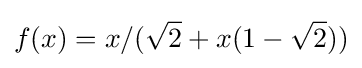
f(x)=x/({\sqrt {2}}+x(1-{\sqrt {2}}))